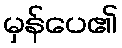
မှန်ပေ၏